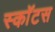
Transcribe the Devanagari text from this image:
स्काॅटस